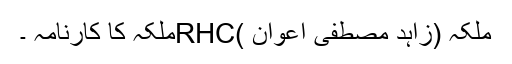
ملکہ (زاہد مصطفی اعوان )RHCملکہ کا کارنامہ ۔